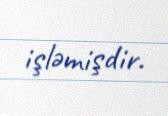
işləmişdir.